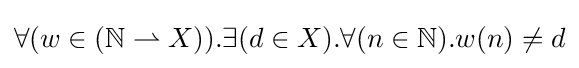
\forall (w\in ({\mathbb {N} }\rightharpoonup X)).\exists (d\in X).\forall (n\in {\mathbb {N} }).w(n)\neq d